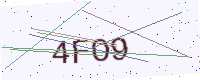
Text: 4FO9